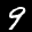
Digit: 9